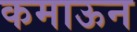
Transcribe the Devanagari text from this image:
कमाऊन